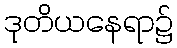
ဒုတိယနေရာ၌